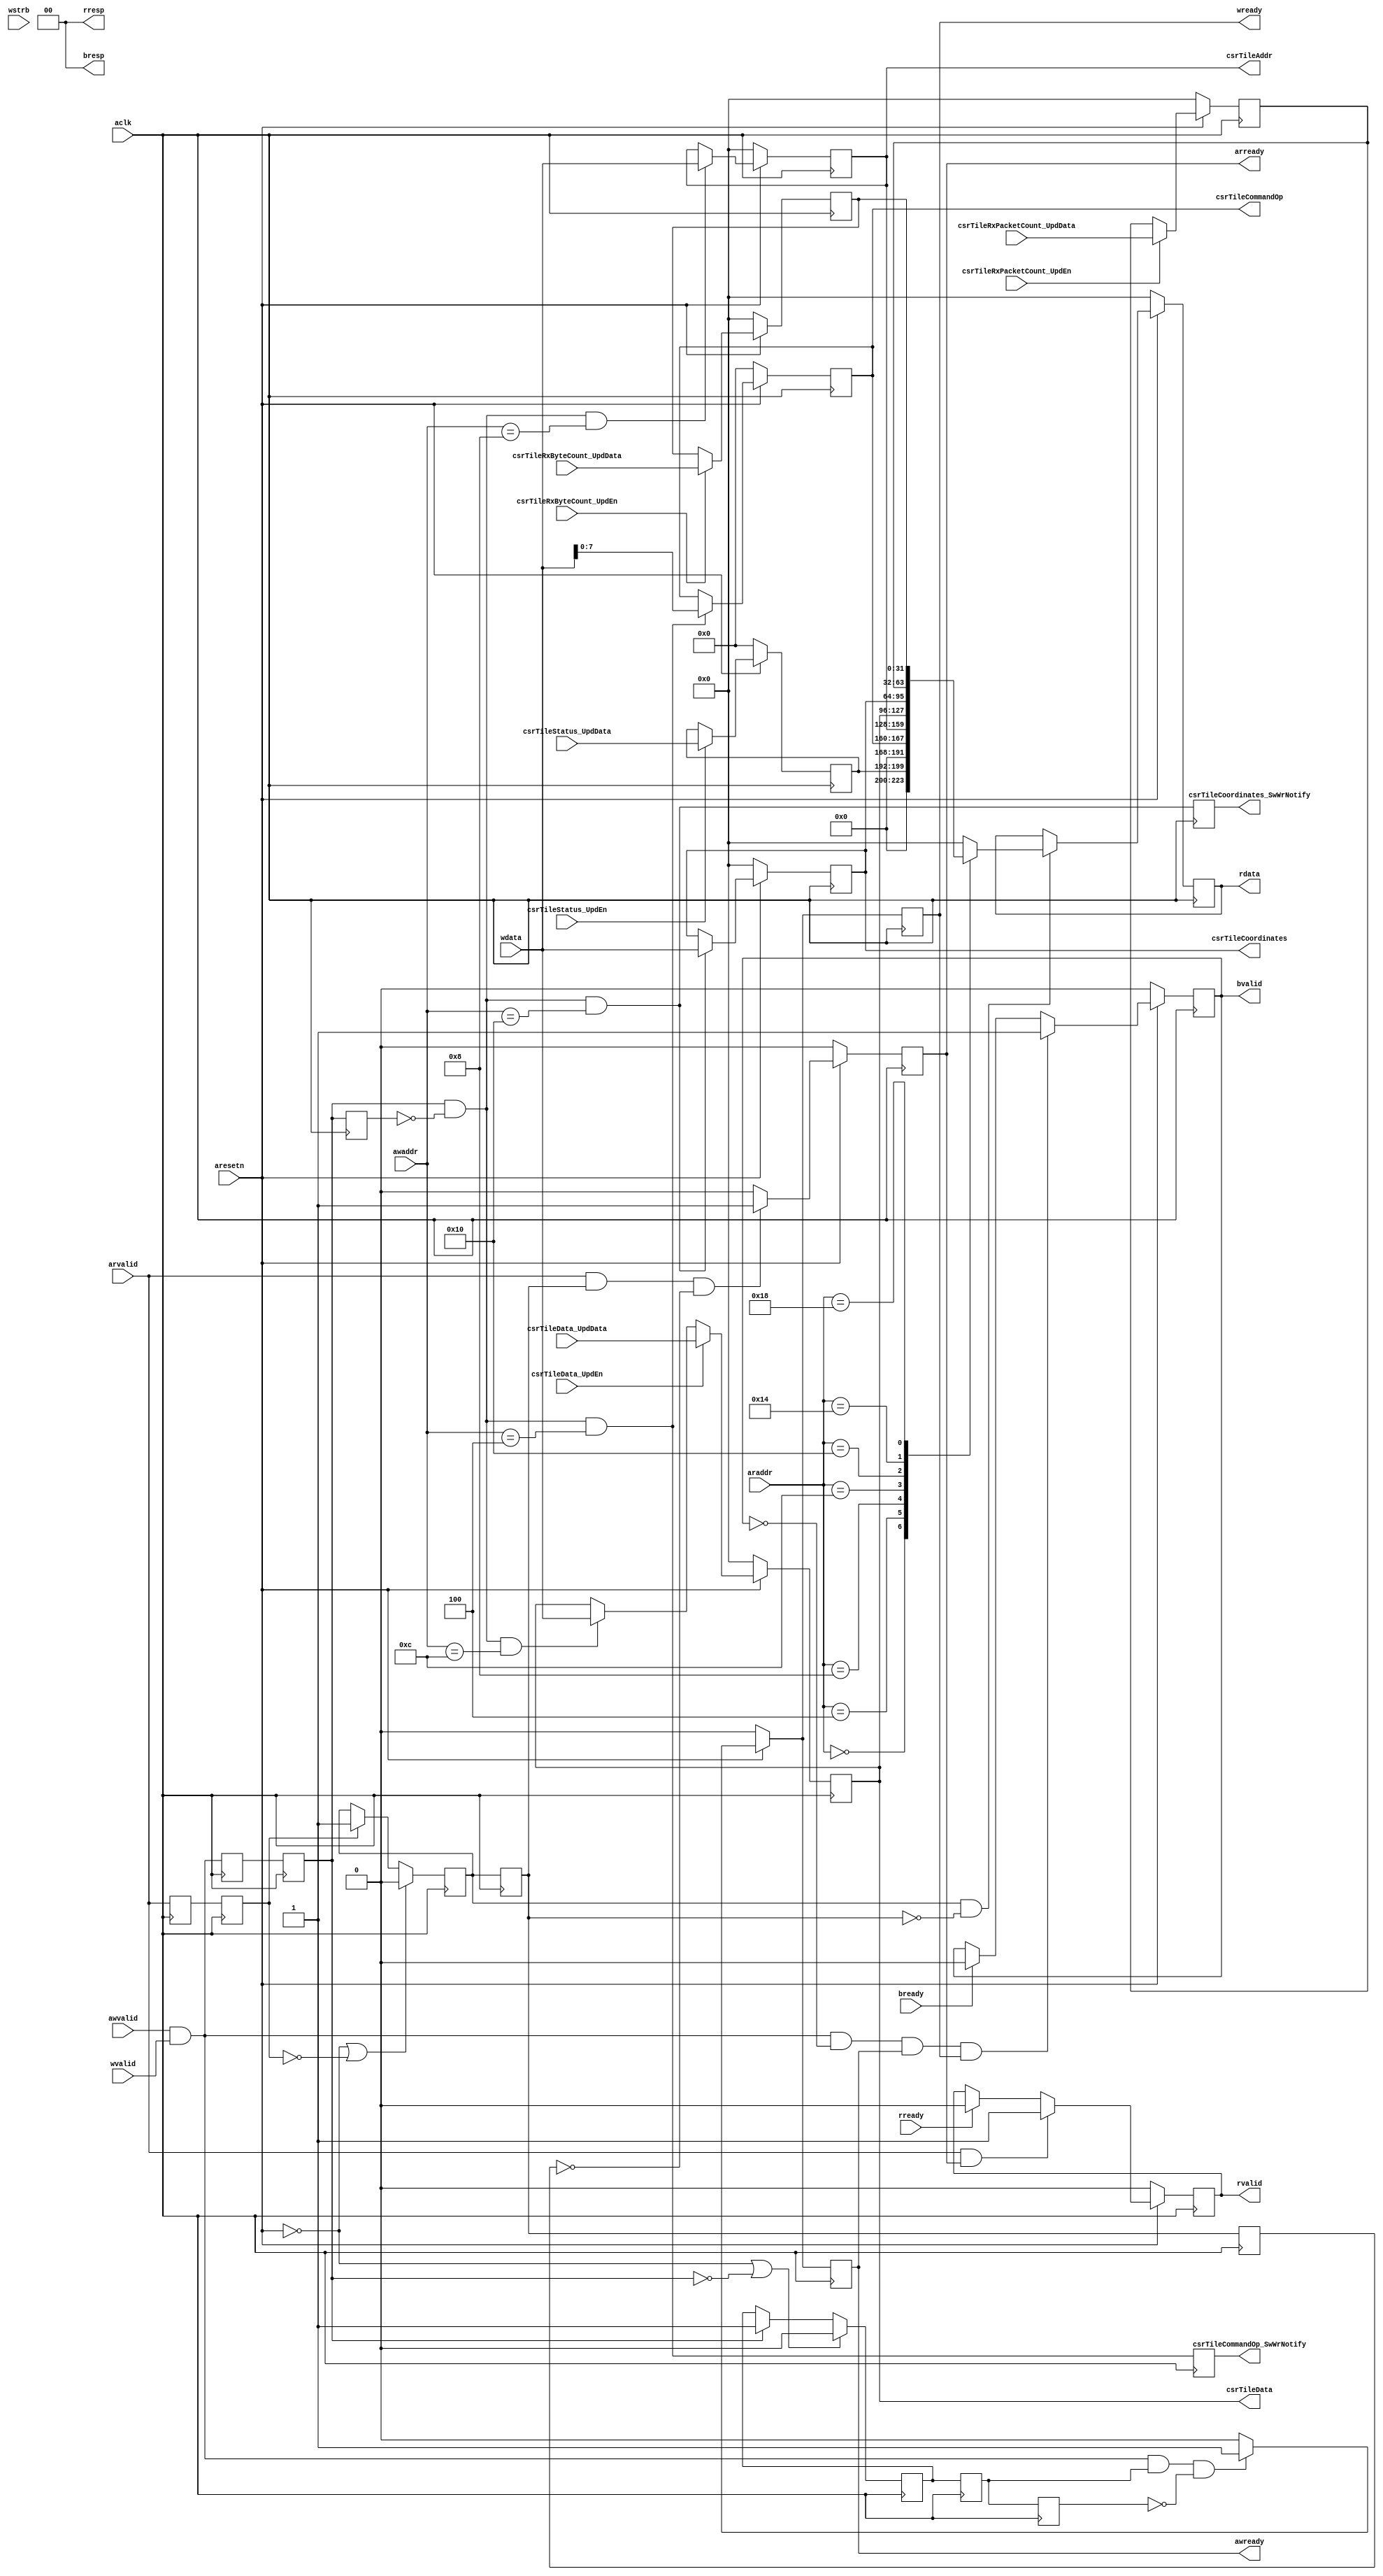
//----------------------------------------------------------------------------
//   This file is owned and controlled by Xilinx and must be used solely    //
//   for design, simulation, implementation and creation of design files    //
//   limited to Xilinx devices or technologies. Use with non-Xilinx         //
//   devices or technologies is expressly prohibited and immediately        //
//   terminates your license.                                               //
//                                                                          //
//   XILINX IS PROVIDING THIS DESIGN, CODE, OR INFORMATION "AS IS" SOLELY   //
//   FOR USE IN DEVELOPING PROGRAMS AND SOLUTIONS FOR XILINX DEVICES.  BY   //
//   PROVIDING THIS DESIGN, CODE, OR INFORMATION AS ONE POSSIBLE            //
//   IMPLEMENTATION OF THIS FEATURE, APPLICATION OR STANDARD, XILINX IS     //
//   MAKING NO REPRESENTATION THAT THIS IMPLEMENTATION IS FREE FROM ANY     //
//   CLAIMS OF INFRINGEMENT, AND YOU ARE RESPONSIBLE FOR OBTAINING ANY      //
//   RIGHTS YOU MAY REQUIRE FOR YOUR IMPLEMENTATION.  XILINX EXPRESSLY      //
//   DISCLAIMS ANY WARRANTY WHATSOEVER WITH RESPECT TO THE ADEQUACY OF THE  //
//   IMPLEMENTATION, INCLUDING BUT NOT LIMITED TO ANY WARRANTIES OR         //
//   REPRESENTATIONS THAT THIS IMPLEMENTATION IS FREE FROM CLAIMS OF        //
//   INFRINGEMENT, IMPLIED WARRANTIES OF MERCHANTABILITY AND FITNESS FOR A  //
//   PARTICULAR PURPOSE.                                                    //
//                                                                          //
//   Xilinx products are not intended for use in life support appliances,   //
//   devices, or systems.  Use in such applications are expressly           //
//   prohibited.                                                            //
//                                                                          //
//   (c) Copyright 1995-2015 Xilinx, Inc.                                   //
//   All rights reserved.                                                   //
//----------------------------------------------------------------------------
// //----------------------------------------------------------------------------
/*

*/

`timescale 1 ps / 1 ps

module TileRegBlock (
	aresetn,
	aclk,
	awaddr,
	awvalid,
	awready,
	wdata,
	wstrb,
	wvalid,
	wready,
	bready,
	bresp,
	bvalid,
	araddr,
	arvalid,
	arready,
	rready,
	rdata,
	rresp,
	rvalid,
	csrTileStatus_UpdEn,
	csrTileStatus_UpdData,
	csrTileCommandOp_SwWrNotify,
	csrTileCommandOp,
	csrTileAddr,
	csrTileData,
	csrTileData_UpdEn,
	csrTileData_UpdData,
	csrTileCoordinates_SwWrNotify,
	csrTileCoordinates,
	csrTileRxPacketCount_UpdEn,
	csrTileRxPacketCount_UpdData,
	csrTileRxByteCount_UpdEn,
	csrTileRxByteCount_UpdData
);

input aresetn ;
input aclk ;
input [7:0] awaddr ;
input awvalid ;
output awready ;
input [31:0] wdata ;
input [3:0] wstrb /* unused */ ;
input wvalid ;
output wready ;
input bready ;
output [1:0] bresp ;
output bvalid ;
input [7:0] araddr ;
input arvalid ;
output arready ;
input rready ;
output [31:0] rdata ;
output [1:0] rresp ;
output rvalid ;
input csrTileStatus_UpdEn ;
input [7:0] csrTileStatus_UpdData ;
output csrTileCommandOp_SwWrNotify ;
output [7:0] csrTileCommandOp ;
//FIXME LPGG
//output [7:0] csrTileAddr ;
output [31:0] csrTileAddr ;

output [31:0] csrTileData ;
input csrTileData_UpdEn ;
input [31:0] csrTileData_UpdData ;
output csrTileCoordinates_SwWrNotify ;
output [31:0] csrTileCoordinates ;
input csrTileRxPacketCount_UpdEn ;
input [31:0] csrTileRxPacketCount_UpdData ;
input csrTileRxByteCount_UpdEn ;
input [31:0] csrTileRxByteCount_UpdData ;

reg awready ;
reg wready ;
wire [1:0] bresp ;
reg bvalid ;
reg arready ;
reg [31:0] rdata ;
wire [1:0] rresp ;
reg rvalid ;
reg csrTileCommandOp_SwWrNotify ;
wire [7:0] csrTileCommandOp ;
wire [31:0] csrTileAddr ;
wire [31:0] csrTileData ;
reg csrTileCoordinates_SwWrNotify ;
wire [31:0] csrTileCoordinates ;
wire wren_pulse ;
(* KEEP = "TRUE" *) reg wren_d1 ;
(* KEEP = "TRUE" *) reg wren_d2 ;
(* KEEP = "TRUE" *) reg wren_d3 ;
(* KEEP = "TRUE" *) reg rden_d1 ;
(* KEEP = "TRUE" *) reg rden_d2 ;
wire addrDecode_Command ;
wire addrDecode_Addr ;
wire addrDecode_Data ;
wire addrDecode_Coordinates ;
reg [7:0] Status_ ;
reg [31:0] readData_Status ;
reg [7:0] Command_Op ;
reg [31:0] readData_Command ;
reg [31:0] Addr_ ;
reg [31:0] readData_Addr ;
reg [31:0] Data_ ;
reg [31:0] readData_Data ;
reg [31:0] Coordinates_ ;
reg [31:0] readData_Coordinates ;
reg [31:0] RxPacketCount_ ;
reg [31:0] readData_RxPacketCount ;
reg [31:0] RxByteCount_ ;
reg [31:0] readData_RxByteCount ;
reg wack_i ;
(* KEEP = "TRUE" *) reg wack_r ;
(* KEEP = "TRUE" *) reg wack_r1 ;
reg rack_i ;
(* KEEP = "TRUE" *) reg rack_r ;
(* KEEP = "TRUE" *) reg rack_r1 ;

assign bresp = 2'd0 ;

assign rresp = 2'd0 ;

always @( posedge aclk ) begin
	wren_d1 <= ( awvalid & wvalid ) ;
end

always @( posedge aclk ) begin
	wren_d2 <= wren_d1 ;
end

always @( posedge aclk ) begin
	wren_d3 <= wren_d2 ;
end

assign wren_pulse = ( wren_d2 & ~wren_d3 ) ;

always @( posedge aclk ) begin
	rden_d1 <= arvalid ;
end

always @( posedge aclk ) begin
	rden_d2 <= rden_d1 ;
end

assign addrDecode_Command = ( awaddr == 4 ) ;

assign addrDecode_Addr = ( awaddr == 8 ) ;

assign addrDecode_Data = ( awaddr == 12 ) ;

assign addrDecode_Coordinates = ( awaddr == 16 ) ;

always @( posedge aclk ) begin
	if ( ~aresetn ) begin
		Status_ <= 8'd0 ;
	end
	else  begin
		if ( csrTileStatus_UpdEn ) begin
			Status_ <= csrTileStatus_UpdData ;
		end
	end
end

always @* begin
	readData_Status = 32'h0 ;
	readData_Status[7:0] = Status_ ;
end

always @( posedge aclk ) begin
	csrTileCommandOp_SwWrNotify <= ( wren_pulse & addrDecode_Command ) ;
end

always @( posedge aclk ) begin
	if ( ~aresetn ) begin
		Command_Op <= 8'd0 ;
	end
	else  begin
		if ( ( wren_pulse & addrDecode_Command ) ) begin
			Command_Op <= wdata[7:0] ;
		end
	end
end

assign csrTileCommandOp = Command_Op ;

always @* begin
	readData_Command = 32'h0 ;
	readData_Command[7:0] = Command_Op ;
end

always @( posedge aclk ) begin
	if ( ~aresetn ) begin
		Addr_ <= 32'h0 ;
	end
	else  begin
		if ( ( wren_pulse & addrDecode_Addr ) ) begin
			Addr_ <= wdata[31:0] ;
		end
	end
end

assign csrTileAddr = Addr_ ;

always @* begin
	readData_Addr = 32'h0 ;
	readData_Addr[31:0] = Addr_ ;
end

always @( posedge aclk ) begin
	if ( ~aresetn ) begin
		Data_ <= 32'h0 ;
	end
	else  begin
		if ( ( wren_pulse & addrDecode_Data ) ) begin
			Data_ <= wdata[31:0] ;
		end
		if ( csrTileData_UpdEn ) begin
			Data_ <= csrTileData_UpdData ;
		end
	end
end

assign csrTileData = Data_ ;

always @* begin
	readData_Data = 32'h0 ;
	readData_Data[31:0] = Data_ ;
end

always @( posedge aclk ) begin
	csrTileCoordinates_SwWrNotify <= ( wren_pulse & addrDecode_Coordinates ) ;
end

always @( posedge aclk ) begin
	if ( ~aresetn ) begin
		Coordinates_ <= 32'h0 ;
	end
	else  begin
		if ( ( wren_pulse & addrDecode_Coordinates ) ) begin
			Coordinates_ <= wdata[31:0] ;
		end
	end
end

assign csrTileCoordinates = Coordinates_ ;

always @* begin
	readData_Coordinates = 32'h0 ;
	readData_Coordinates[31:0] = Coordinates_ ;
end

always @( posedge aclk ) begin
	if ( ~aresetn ) begin
		RxPacketCount_ <= 32'h0 ;
	end
	else  begin
		if ( csrTileRxPacketCount_UpdEn ) begin
			RxPacketCount_ <= csrTileRxPacketCount_UpdData ;
		end
	end
end

always @* begin
	readData_RxPacketCount = 32'h0 ;
	readData_RxPacketCount[31:0] = RxPacketCount_ ;
end

always @( posedge aclk ) begin
	if ( ~aresetn ) begin
		RxByteCount_ <= 32'h0 ;
	end
	else  begin
		if ( csrTileRxByteCount_UpdEn ) begin
			RxByteCount_ <= csrTileRxByteCount_UpdData ;
		end
	end
end

always @* begin
	readData_RxByteCount = 32'h0 ;
	readData_RxByteCount[31:0] = RxByteCount_ ;
end

always @( posedge aclk ) begin
	if ( ( ~aresetn || ~wren_d2 ) ) begin
		wack_i <= 0 ;
	end
	else  begin
		if ( wren_d2 ) begin
			case ( awaddr )
				default : begin
					wack_i <= 1'd1 ;
				end
			endcase
		end
	end
end

always @( posedge aclk ) begin
	wack_r <= wack_i ;
end

always @( posedge aclk ) begin
	wack_r1 <= wack_r ;
end

always @( posedge aclk ) begin
	if ( ( ~aresetn || ~rden_d2 ) ) begin
		rack_i <= 0 ;
	end
	else  begin
		if ( rden_d2 ) begin
			case ( araddr )
				default : begin
					rack_i <= 1'd1 ;
				end
			endcase
		end
	end
end

always @( posedge aclk ) begin
	rack_r <= rack_i ;
end

always @( posedge aclk ) begin
	rack_r1 <= rack_r ;
end

always @( posedge aclk ) begin
	if ( ~aresetn ) begin
		awready <= 1'd0 ;
		wready <= 1'd0 ;
		bvalid <= 1'd0 ;
	end
	else  begin
		if ( ( ( ( awvalid & wvalid ) & wack_r ) & ~wack_r1 ) ) begin
			awready <= 1'd1 ;
			wready <= 1'd1 ;
		end
		else  begin
			awready <= 1'd0 ;
			wready <= 1'd0 ;
		end
		if ( ( ( ( ( awvalid & wvalid ) & ~bvalid ) & awready ) & wready ) ) begin
			bvalid <= 1'd1 ;
		end
		else  begin
			if ( bready ) begin
				bvalid <= 1'd0 ;
			end
		end
	end
end

always @( posedge aclk ) begin
	if ( ~aresetn ) begin
		arready <= 1'd0 ;
		rvalid <= 1'd0 ;
	end
	else  begin
		if ( ( ( arvalid & rack_r ) & ~rack_r1 ) ) begin
			arready <= 1'd1 ;
		end
		else  begin
			arready <= 1'd0 ;
		end
		if ( ( arvalid & arready ) ) begin
			rvalid <= 1'd1 ;
		end
		else  begin
			if ( rready ) begin
				rvalid <= 1'd0 ;
			end
		end
	end
end

always @( posedge aclk ) begin
	if ( ~aresetn ) begin
		rdata <= 32'h0 ;
	end
	else  begin
		if ( ( rack_i & ~rack_r ) ) begin
			case ( araddr )
				0 : begin
					rdata <= readData_Status ;
				end
				4 : begin
					rdata <= readData_Command ;
				end
				8 : begin
					rdata <= readData_Addr ;
				end
				12 : begin
					rdata <= readData_Data ;
				end
				16 : begin
					rdata <= readData_Coordinates ;
				end
				20 : begin
					rdata <= readData_RxPacketCount ;
				end
				24 : begin
					rdata <= readData_RxByteCount ;
				end
				default : begin
					rdata <= 32'h0 ;
				end
			endcase
		end
	end
end


endmodule

// machine-generated file - do NOT modify by hand !
// File created on 2020/06/28 16:43:16
// by Barista HDL generation library, version TRUNK @ 1007984